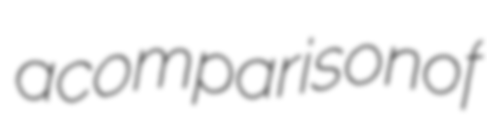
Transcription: a comparison of